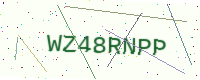
Text: WZ48RNPP